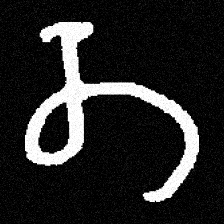
Pyu character \u2014 Myanmar letter: တ (romanized: ta)